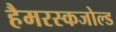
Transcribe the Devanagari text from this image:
हैमरस्कजोल्ड